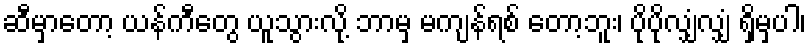
ဆီမှာတော့ ယန်ကီတွေ ယူသွားလို့ ဘာမှ မကျန်ရစ် တော့ဘူး၊ ပိုပိုလျှံလျှံ ရှိမှပါ၊